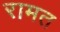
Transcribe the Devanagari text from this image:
रामत